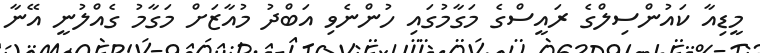
މީޑިއާ ކައުންސިލްގެ ރައީސްގެ މަގާމުގައި ހުންނެވި އަބްދު މުއާޒަށް މަގާމު ގެއްލުނީ އޭނާ